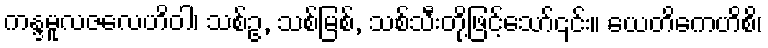
ကန္ဒမူလဇလေဟိဝါ၊ သစ်ဥ, သစ်မြစ်, သစ်သီးတို့ဖြင့်သော်၎င်း။ ယေတိကေဟိစိ၊